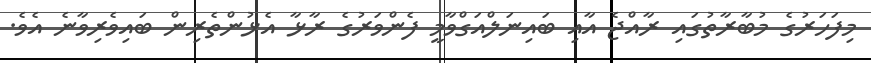
މިފަހަރުގެ މުބާރާތުގައި ރާއްޖެ އާއި ބައިނަލްއަގްވާމީ ފެންވަރުގެ ރާޅާ އެޅުންތެރިން ބައިވެރިވާނެ އެވެ.